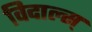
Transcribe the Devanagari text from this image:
विदाल्स्